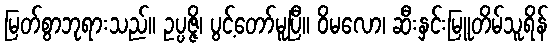
မြတ်စွာဘုရားသည်။ ဥပ္ပဇ္ဇိ၊ ပွင့်တော်မူပြီ။ ဝိမလော၊ ဆီးနှင်းမြူတိမ်သူရိန်